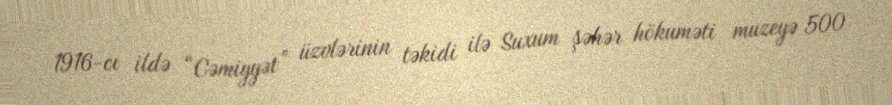
1916-cı ildə “Cəmiyyət” üzvlərinin təkidi ilə Suxum şəhər hökuməti muzeyə 500